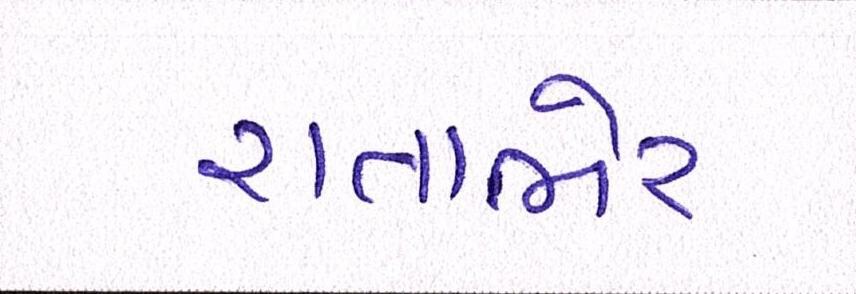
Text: રાતાભેર